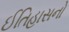
ઈતિહાસનો